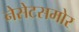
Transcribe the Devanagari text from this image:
नेसेटसमोर